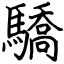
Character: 驕